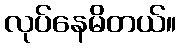
လုပ်နေမိတယ်။